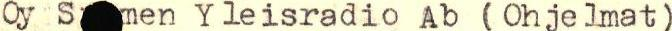
Oy S  men Yleisradio Ab (Ohjelmat)